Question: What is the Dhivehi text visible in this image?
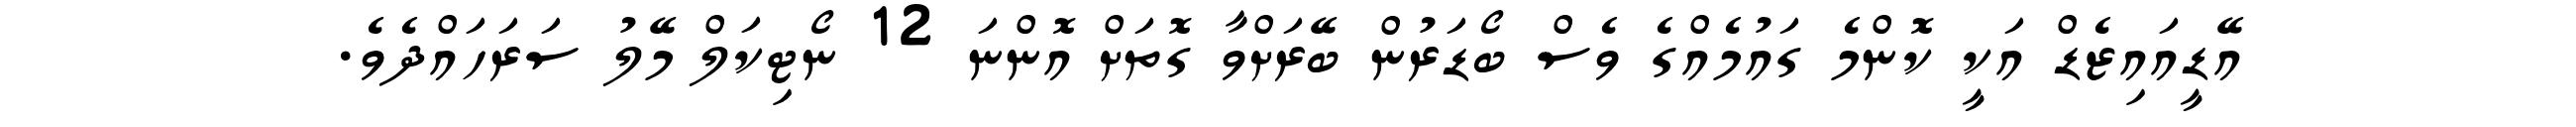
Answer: އޭޑީއައިޒެޑް އަކީ ކޮންމެ ގައުމެއްގެ ވެސް ބޯޑަރުން ބޭރަށްވާ ގޮތަށް އޮންނަ 12 ނޯޓިކަލް މޭލު ސަރަހައްދެވެ.